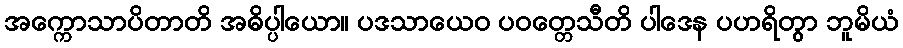
အက္ကောသာပိတာတိ အဓိပ္ပါယော။ ပဒသာယေဝ ပဝတ္တေသီတိ ပါဒေန ပဟရိတွာ ဘူမိယံ